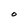
Character: O